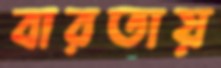
বারতায়